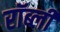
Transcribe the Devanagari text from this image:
रॉब्ली